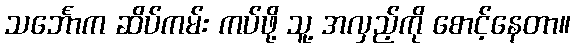
သင်္ဘောက ဆိပ်ကမ်း ကပ်ဖို့ သူ့ အလှည့်ကို စောင့်နေတာ။